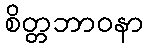
စိတ္တဘာဝနာ